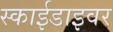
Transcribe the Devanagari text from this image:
स्काईडाइवर